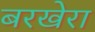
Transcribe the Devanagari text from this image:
बरखेरा